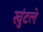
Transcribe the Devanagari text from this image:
खुंटले